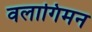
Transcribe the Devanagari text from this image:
वलागिमन